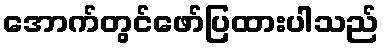
အောက်တွင်ဖော်ပြထားပါသည်